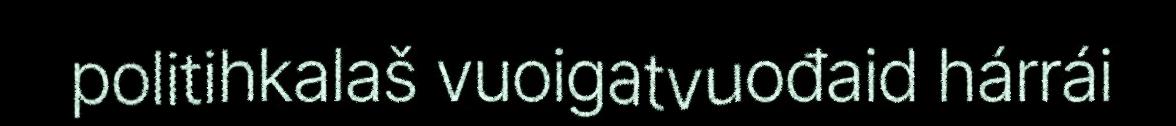
politihkalaš vuoigatvuođaid hárrái